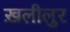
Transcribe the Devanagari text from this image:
ख़लीलुर